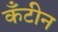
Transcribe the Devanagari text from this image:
कँटीन